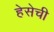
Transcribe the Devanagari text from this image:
हेसेची